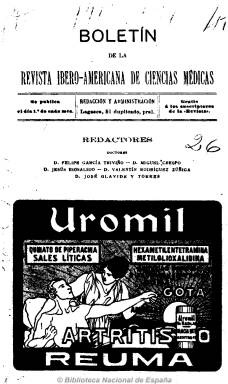
Título: Boletín de la Revista ibero-americana de ciencias médicas
Otros títulos: Boletín de la Revista ibero americana de ciencias médicas
Colección: Medicina
Ámbito geográfico: Madrid
Lugar de publicación: Madrid
Fechas: 01/05/1915-30/06/1936

Aparece como suplemento de la revista trimestral que fundara en 1899 Federico Rubio y Galí (1827-1902), en el momento en que es dirigida por Eulogio Cervera y es redactor-jefe Antonio Mut, quien fundará el boletín para dar cabida a la cantidad de textos que llegaban a la redacción. Sus redactores serán los doctores Felipe García Triviño, Miguel Crespo, Jesús Riosalido, Valetín Rodríguez Zúñiga y José Olavide y Torres, entre otros.

De periodicidad mensual y paginación variada, entre 20 y cuatro páginas, aunque generalmente de 16. Comienza con una crónica de carácter profesional o de contenidos médicos, sanitarios o de higiene, pero también de crónicas viajeras y profesionales. Incluye también una tribuna libre, un formulario médico moderno, una sección de disposiciones oficiales, noticias varias y de vacantes. Da cuenta asimismo de la actividad y odontología profesional y colegial, de la celebración de congresos, de la vida académica, nombramientos y necrológicas, conferencias y una revista de prensa y bibliográfica. También da acogida a la creación literaria, tanto en prosa como en verso, a cartas de los lectores y a la publicidad comercial.

Durante 1925 suspende la publicación e inicia su segunda época en junio de 1926, siendo entonces sus portadas ilustradas con caricaturas o fotografías de profesionales de la medicina, como la dedicada al doctor Gregorio Marañón. Era gratuita para los suscriptores de la revista.